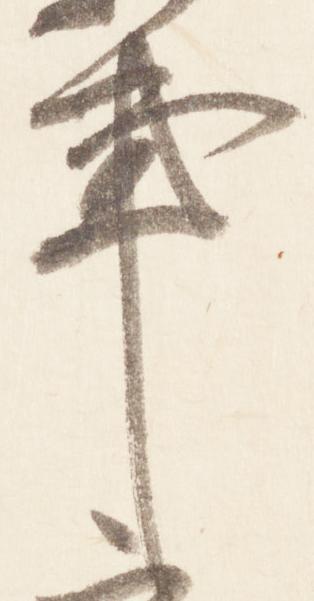
亊